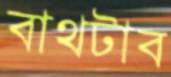
বাথটাব